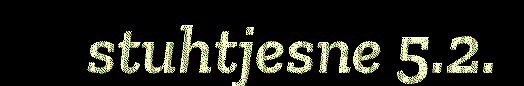
stuhtjesne 5.2.